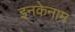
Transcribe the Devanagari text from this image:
इनकेनाम